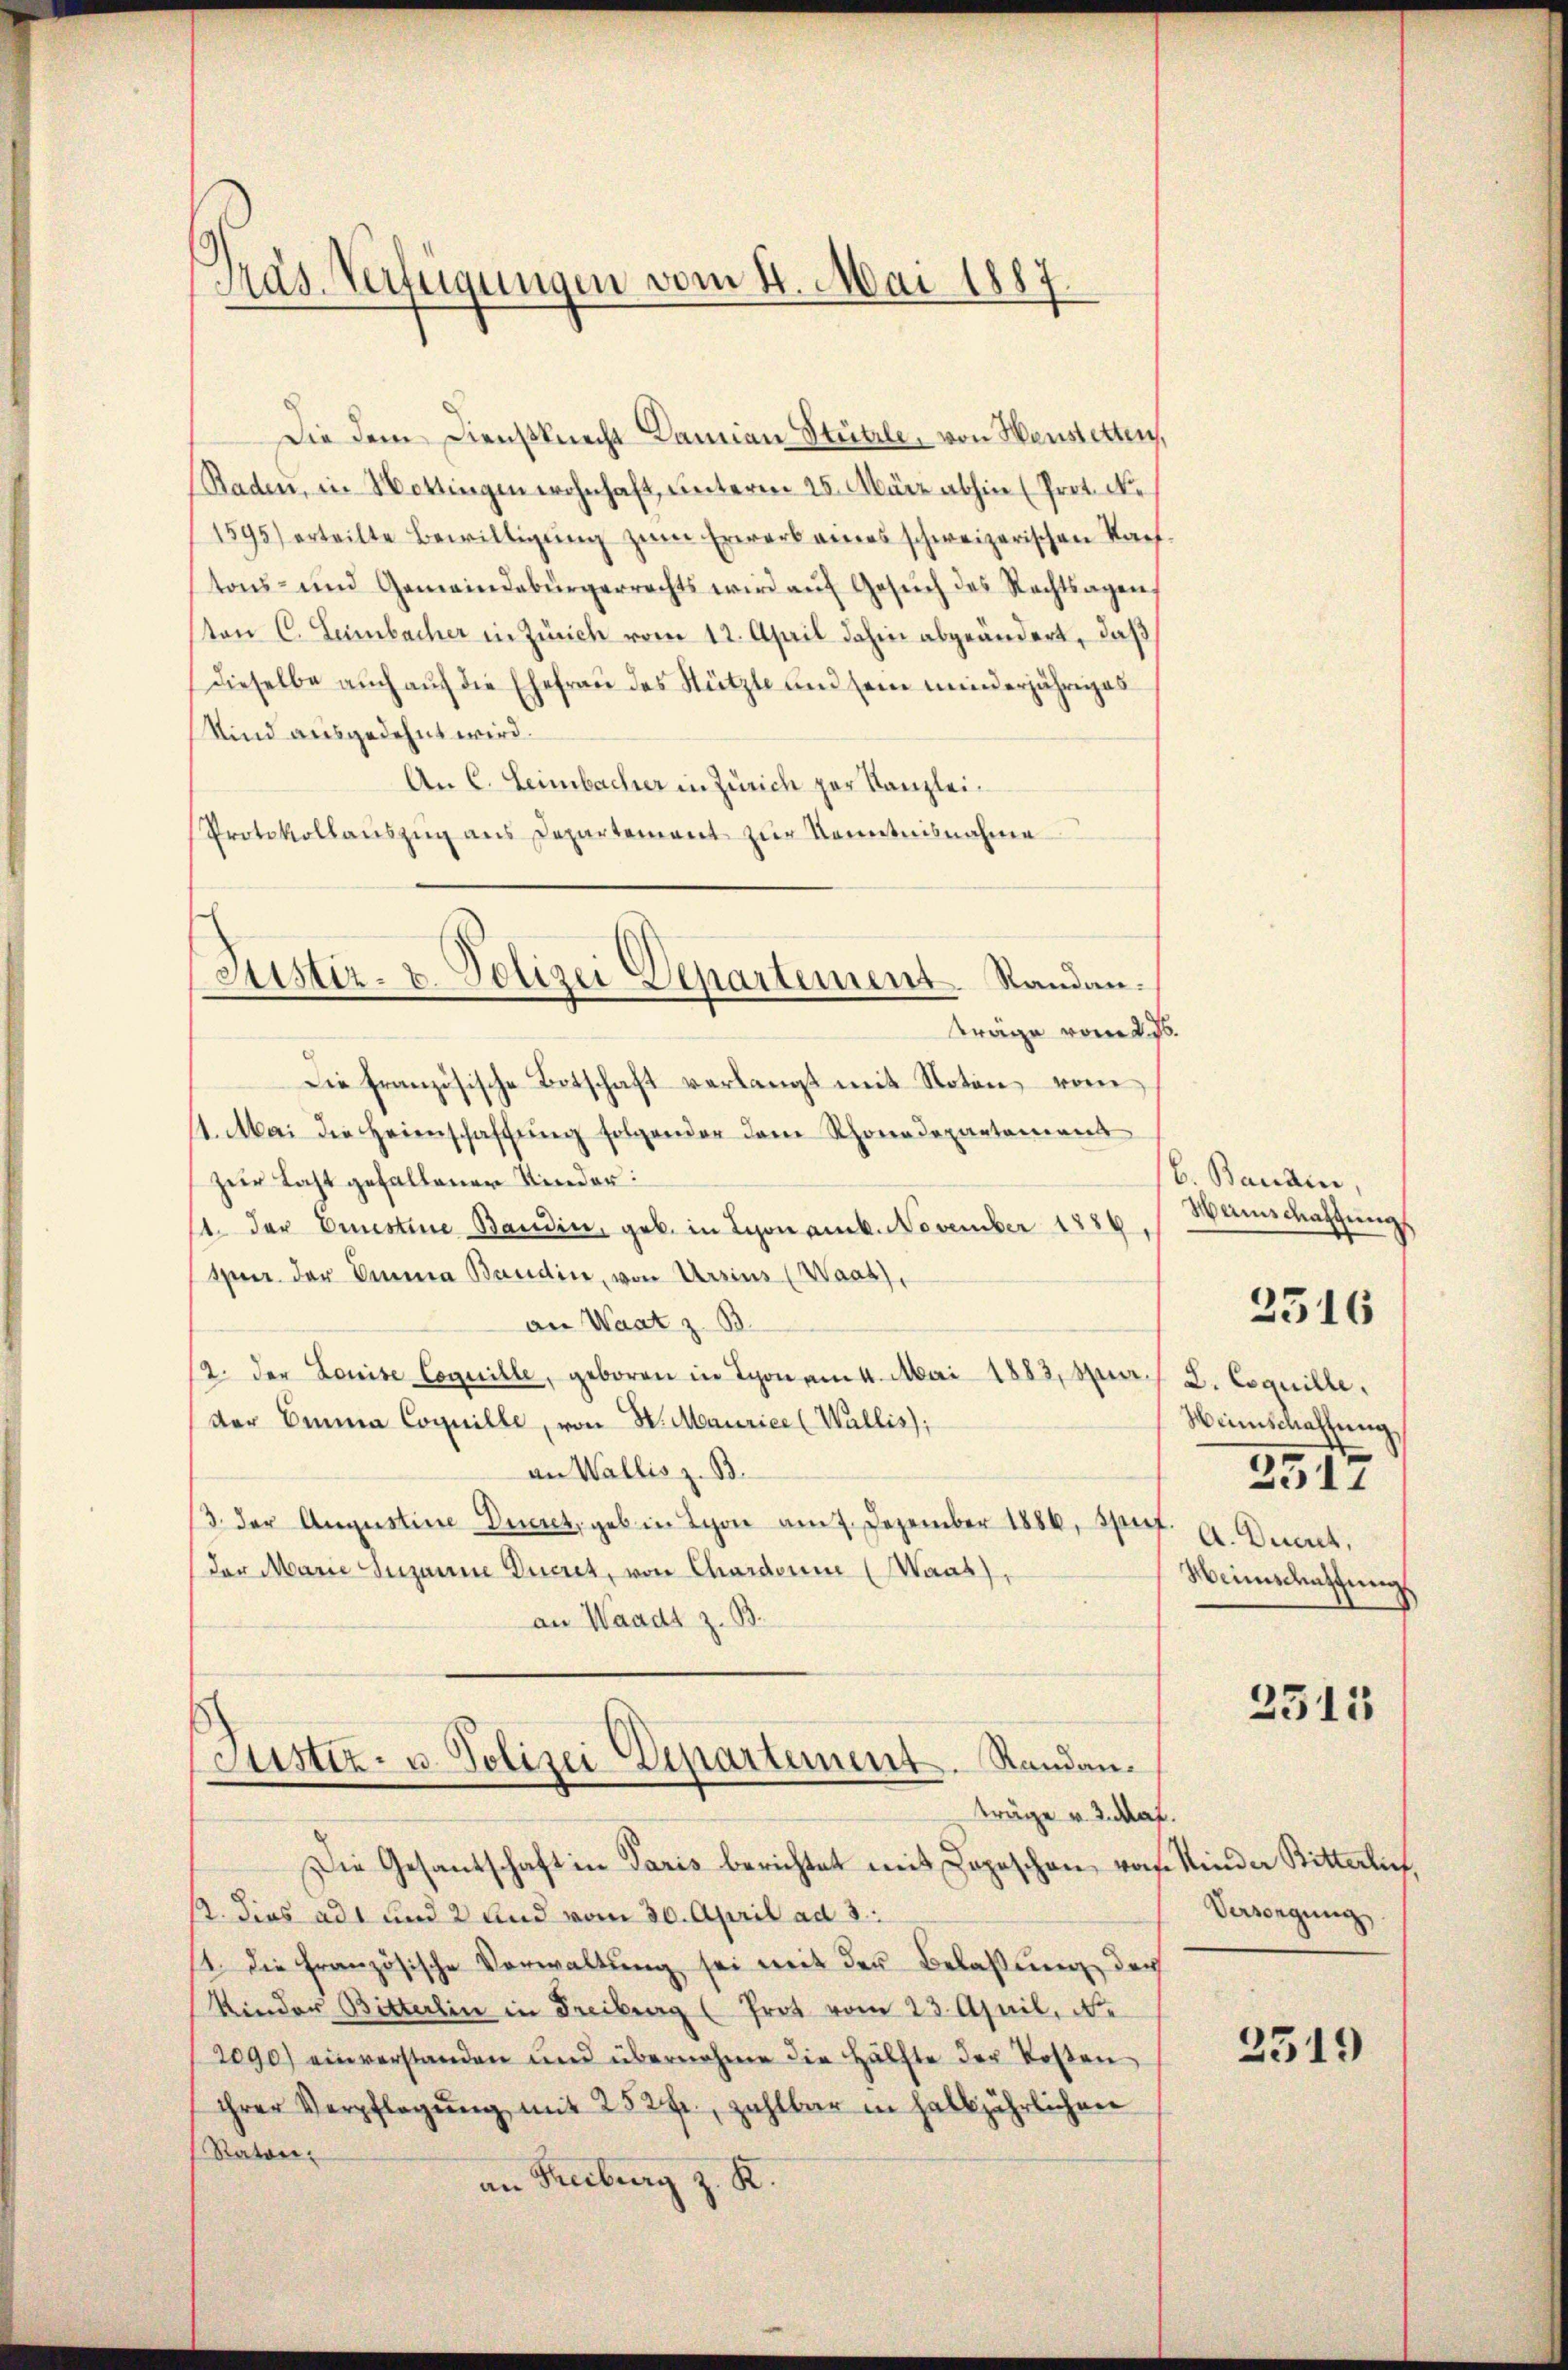
Gras Verfügungen vom 4. Mai 1881

Justiz- u. Polizei Departement. Randan¬

Die dem Dienstknecht Damian Stützle, von Heustetten,
Raden, in Hottingen wohnhaft, unterm 25. März abhin (Prot. Ne
1595) erteilte Bewilligŭng zŭm Erwerb eines schweizerischen Kauf-
tons- und Gemeindebürgerrechts wird aŭf Gesŭch des Rechtsagen,
ston C. Leimbacher in Zürich vom 12. April dahin abgeändert, daß
Dieselbe auch auch die Ehefrau des Stützte und sein minderjähriges
Kind ausgedehnt wird.
An C. Leimbacher in Zürich zur Kanzlei¬
Protokollaŭszŭg ans Departement zur Kenntnisnahme
träge vom 2. 55
Die französische Botschaft verlangt mit Noton vom
11. Mai die Heimschaffung folgender dem Rhonadepartement
zur Last gefallener Kinder:
1. Der Emistine Baudin, geb. in Lyon am k. November 1886.
tur der Anna Baudine, von Urzins (Waas),
an Waat z. B.
2. der Louise Coquille, geboren in Schon am 4. Mai 1883, u.
der Emma Coquille, von H. Maurice (Wallis);
an Wallis z. B.
3. der Augustine Decret, geb in Lyon am 7. Dezember 1886, Sperf. A. Ducat.
Der Marie Susanne Ducret, von Chardonne (Waas),
an Waadt z. B.
Justiz- u. Polizei Departement. Randanträge v. 2. Mal.
Die Gesantschaft in Paris berichtet mit Zopischen, was
s. dies ad und 2 und vom 30. April ad 3.
1. Die französische Verwaltung sei mit der Belassung der
Kinder Bitterlin in Freiburg (Prot vom 23. April, Ne
2090) einverstanden und übernahme die Hälfte der Kosten
ihrer Verpflegŭng mit 252 fr., zahlbar in halbjährlichen
Raton.
an Freiburg z. K.

b. Bandin,
Weinschaffung
D. Coquille,
Weinschaftung
2517
Weinschaftung

2516

2515

Kinder Bitterlich,
Verwegung

2519